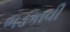
ભડકાવી